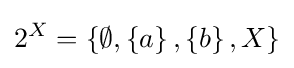
2^{X}=\left\{\emptyset ,\left\{a\right\},\left\{b\right\},X\right\}